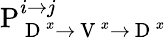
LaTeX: \mathrm{P}_{\mathrm{~D~}^{x}\rightarrow\mathrm{~V~}^{x}\rightarrow\mathrm{~D~}^{x}}^{i\rightarrow j}